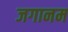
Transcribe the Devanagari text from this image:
जगानम